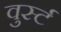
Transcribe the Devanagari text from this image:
वुर्स्ट